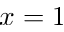
x = 1